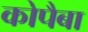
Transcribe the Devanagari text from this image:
कोपैबा